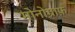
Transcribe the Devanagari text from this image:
मोनोग्राफ़